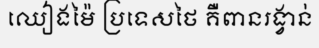
ឈៀងម៉ៃ ប្រទេសថៃ គឺពានរង្វាន់